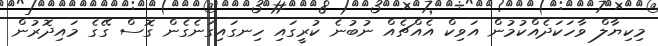
މިކިޔާލް ވާހަކަދެއްކުމުން އަވިކް އެއްޗެއް ނުބުނެ ކުރީގައި ހިނގައިގަނެގެން ގޮސް ގޭގެ މައިދޮރުން